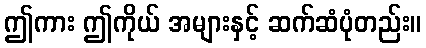
ဤကား ဤကိုယ် အများနှင့် ဆက်ဆံပုံတည်း။